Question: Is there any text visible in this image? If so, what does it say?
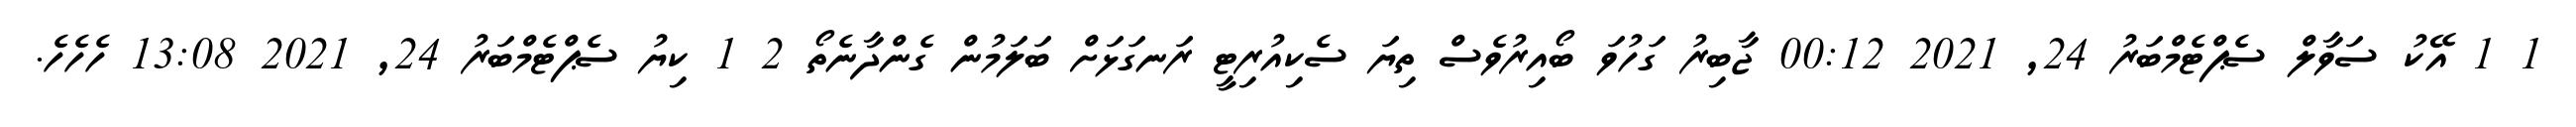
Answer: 1 1 އޭކު ސަވާލް ސެޕްޓެމްބަރު 24, 2021 00:12 ޖާބިރު ގަހުވަ ބޯއިރުވެސް ތިޔަ ސެކިއުރިޓީ ރަނގަޅަށް ބަލަމުން ގެންދާނެތޯ 2 1 ކިޔު ސެޕްޓެމްބަރު 24, 2021 13:08 ހެހެހެ.